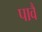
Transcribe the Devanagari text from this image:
पावैं